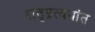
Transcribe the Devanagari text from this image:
शतृप्रत्ययांत